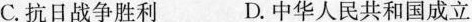
C.抗日战争胜利 D.中华人民共和国成立